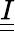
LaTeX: \underline{{\underline{{I}}}}